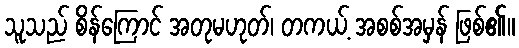
သူသည် စိန်ကြောင် အတုမဟုတ်၊ တကယ့် အစစ်အမှန် ဖြစ်၏။